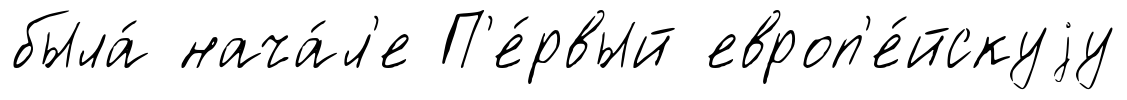
была́ нача́л'е П'е́рвый европ'е́йскуjу